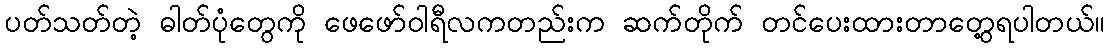
ပတ်သတ်တဲ့ ဓါတ်ပုံတွေကို ဖေဖော်ဝါရီလကတည်းက ဆက်တိုက် တင်ပေးထားတာတွေ့ရပါတယ်။